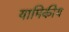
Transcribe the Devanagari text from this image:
यामिकीय